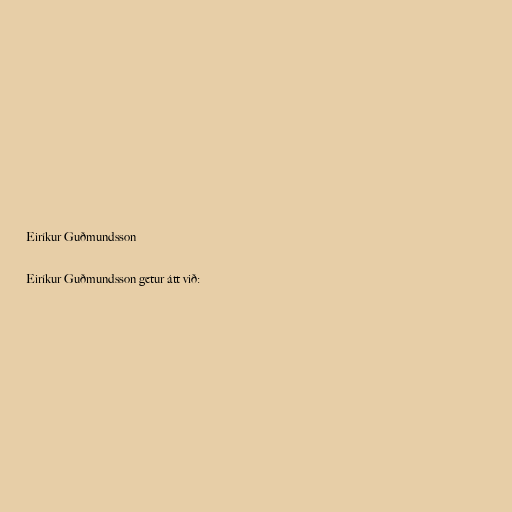
Eiríkur Guðmundsson

Eiríkur Guðmundsson getur átt við: